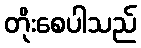
တိုးစေပါသည်